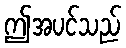
ဤအပင်သည်